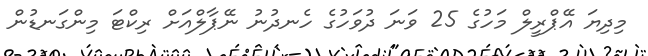
މިދިޔަ އޭޕްރީލް މަހުގެ 25 ވަނަ ދުވަހުގެ ހެނދުނު ނޭޕާލްއަށް ރިކްޓަ މިންގަނޑުން